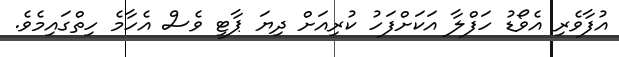
އުފާވެރި އެވޯޑު ހަފްލާ އަކަށްފަހު ކުރިއަށް ދިޔަ ޕާޓީ ވެސް އެހާމެ ހިތްގައިމެވެ.